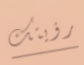
رؤيتك